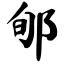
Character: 郇